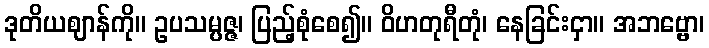
ဒုတိယဈာန်ကို။ ဥပသမ္ပဇ္ဇ၊ ပြည့်စုံစေ၍။ ဝိဟတုရီတုံ၊ နေခြင်းငှာ။ အဘဗ္ဗော၊